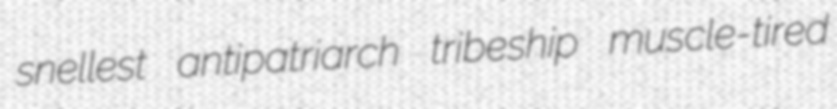
snellest antipatriarch tribeship muscle-tired